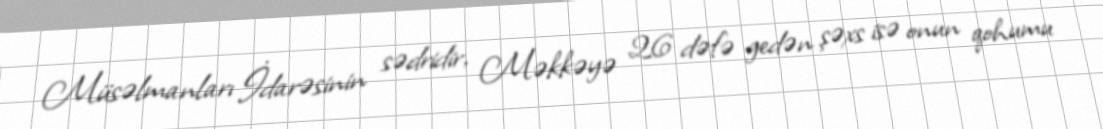
Müsəlmanları İdarəsinin sədridir, Məkkəyə 26 dəfə gedən şəxs isə onun qohumu